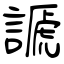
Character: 謕